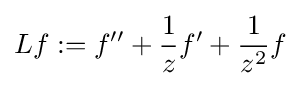
Lf:=f''+{\frac {1}{z}}f'+{\frac {1}{z^{2}}}f